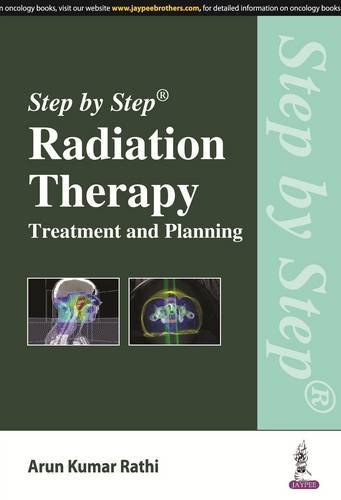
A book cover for Step by Step Radiation Therapy: Treatment and Planning; Arun Kumar Rathi; Medical Books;